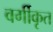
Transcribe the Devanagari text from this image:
वर्गीकृत